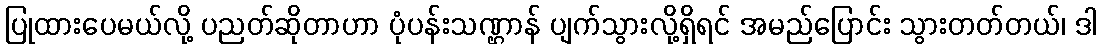
ပြုထားပေမယ်လို့ ပညတ်ဆိုတာဟာ ပုံပန်းသဏ္ဌာန် ပျက်သွားလို့ရှိရင် အမည်ပြောင်း သွားတတ်တယ်၊ ဒါ